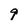
Character: 9